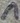
Text: 1